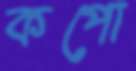
কপো